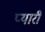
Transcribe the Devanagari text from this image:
प्‍यारी